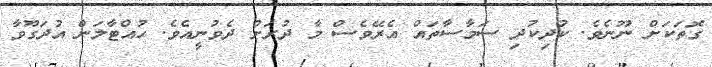
ގޮތަކަށް ނޫނެވެ. ކުދިކުދި ސަމާސާތައް އެރޭވެސް މާ ދުރަށް ދެވުނީއެވެ. ހުއްޓާލަން އުދަގޫވާ